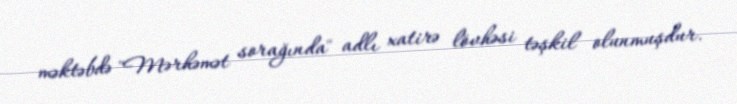
məktəbdə "Mərhəmət sorağında" adlı xatirə lövhəsi təşkil olunmuşdur.